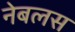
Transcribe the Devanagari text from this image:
नेबलस